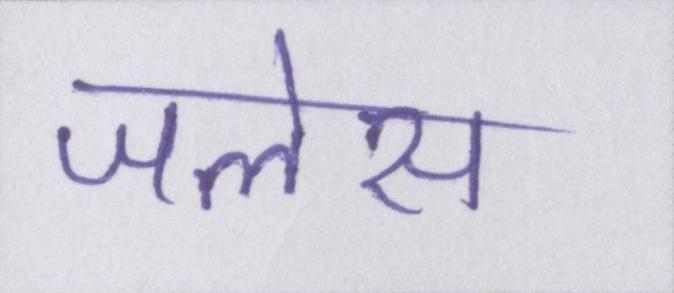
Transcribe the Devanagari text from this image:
जलेस